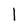
Character: 1